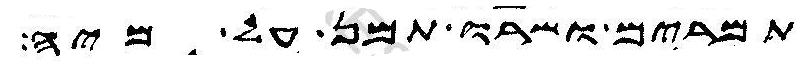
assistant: תמרים ושרו תמן על מיה